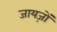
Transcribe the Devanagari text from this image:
जायज़ों